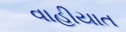
વાહીયાત